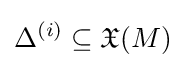
\Delta ^{(i)}\subseteq {\mathfrak {X}}(M)